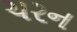
ચરન